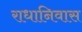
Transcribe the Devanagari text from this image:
राधानिवास